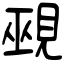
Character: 覡